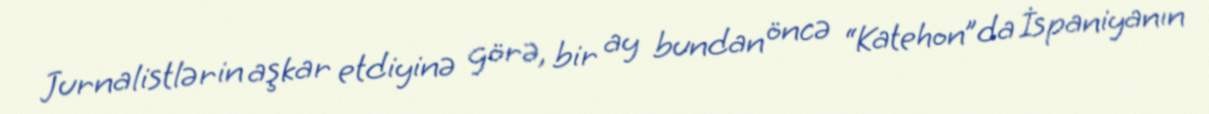
Jurnalistlərin aşkar etdiyinə görə, bir ay bundan öncə “Katehon”da İspaniyanın